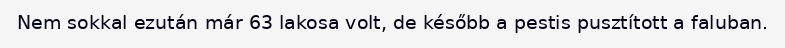
Nem sokkal ezután már 63 lakosa volt, de később a pestis pusztított a faluban.